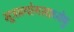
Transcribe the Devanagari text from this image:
मूत्रप्रयोगसाध्येषु